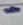
Text: -